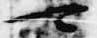
可